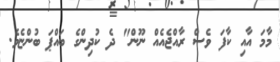
މާމަ އާއި ކާފަ ވެސް ރާއްޖެއެއް ނޫންް" ދެ ކުދިންގެ ބައްޕަ ބުންޏެވެ.